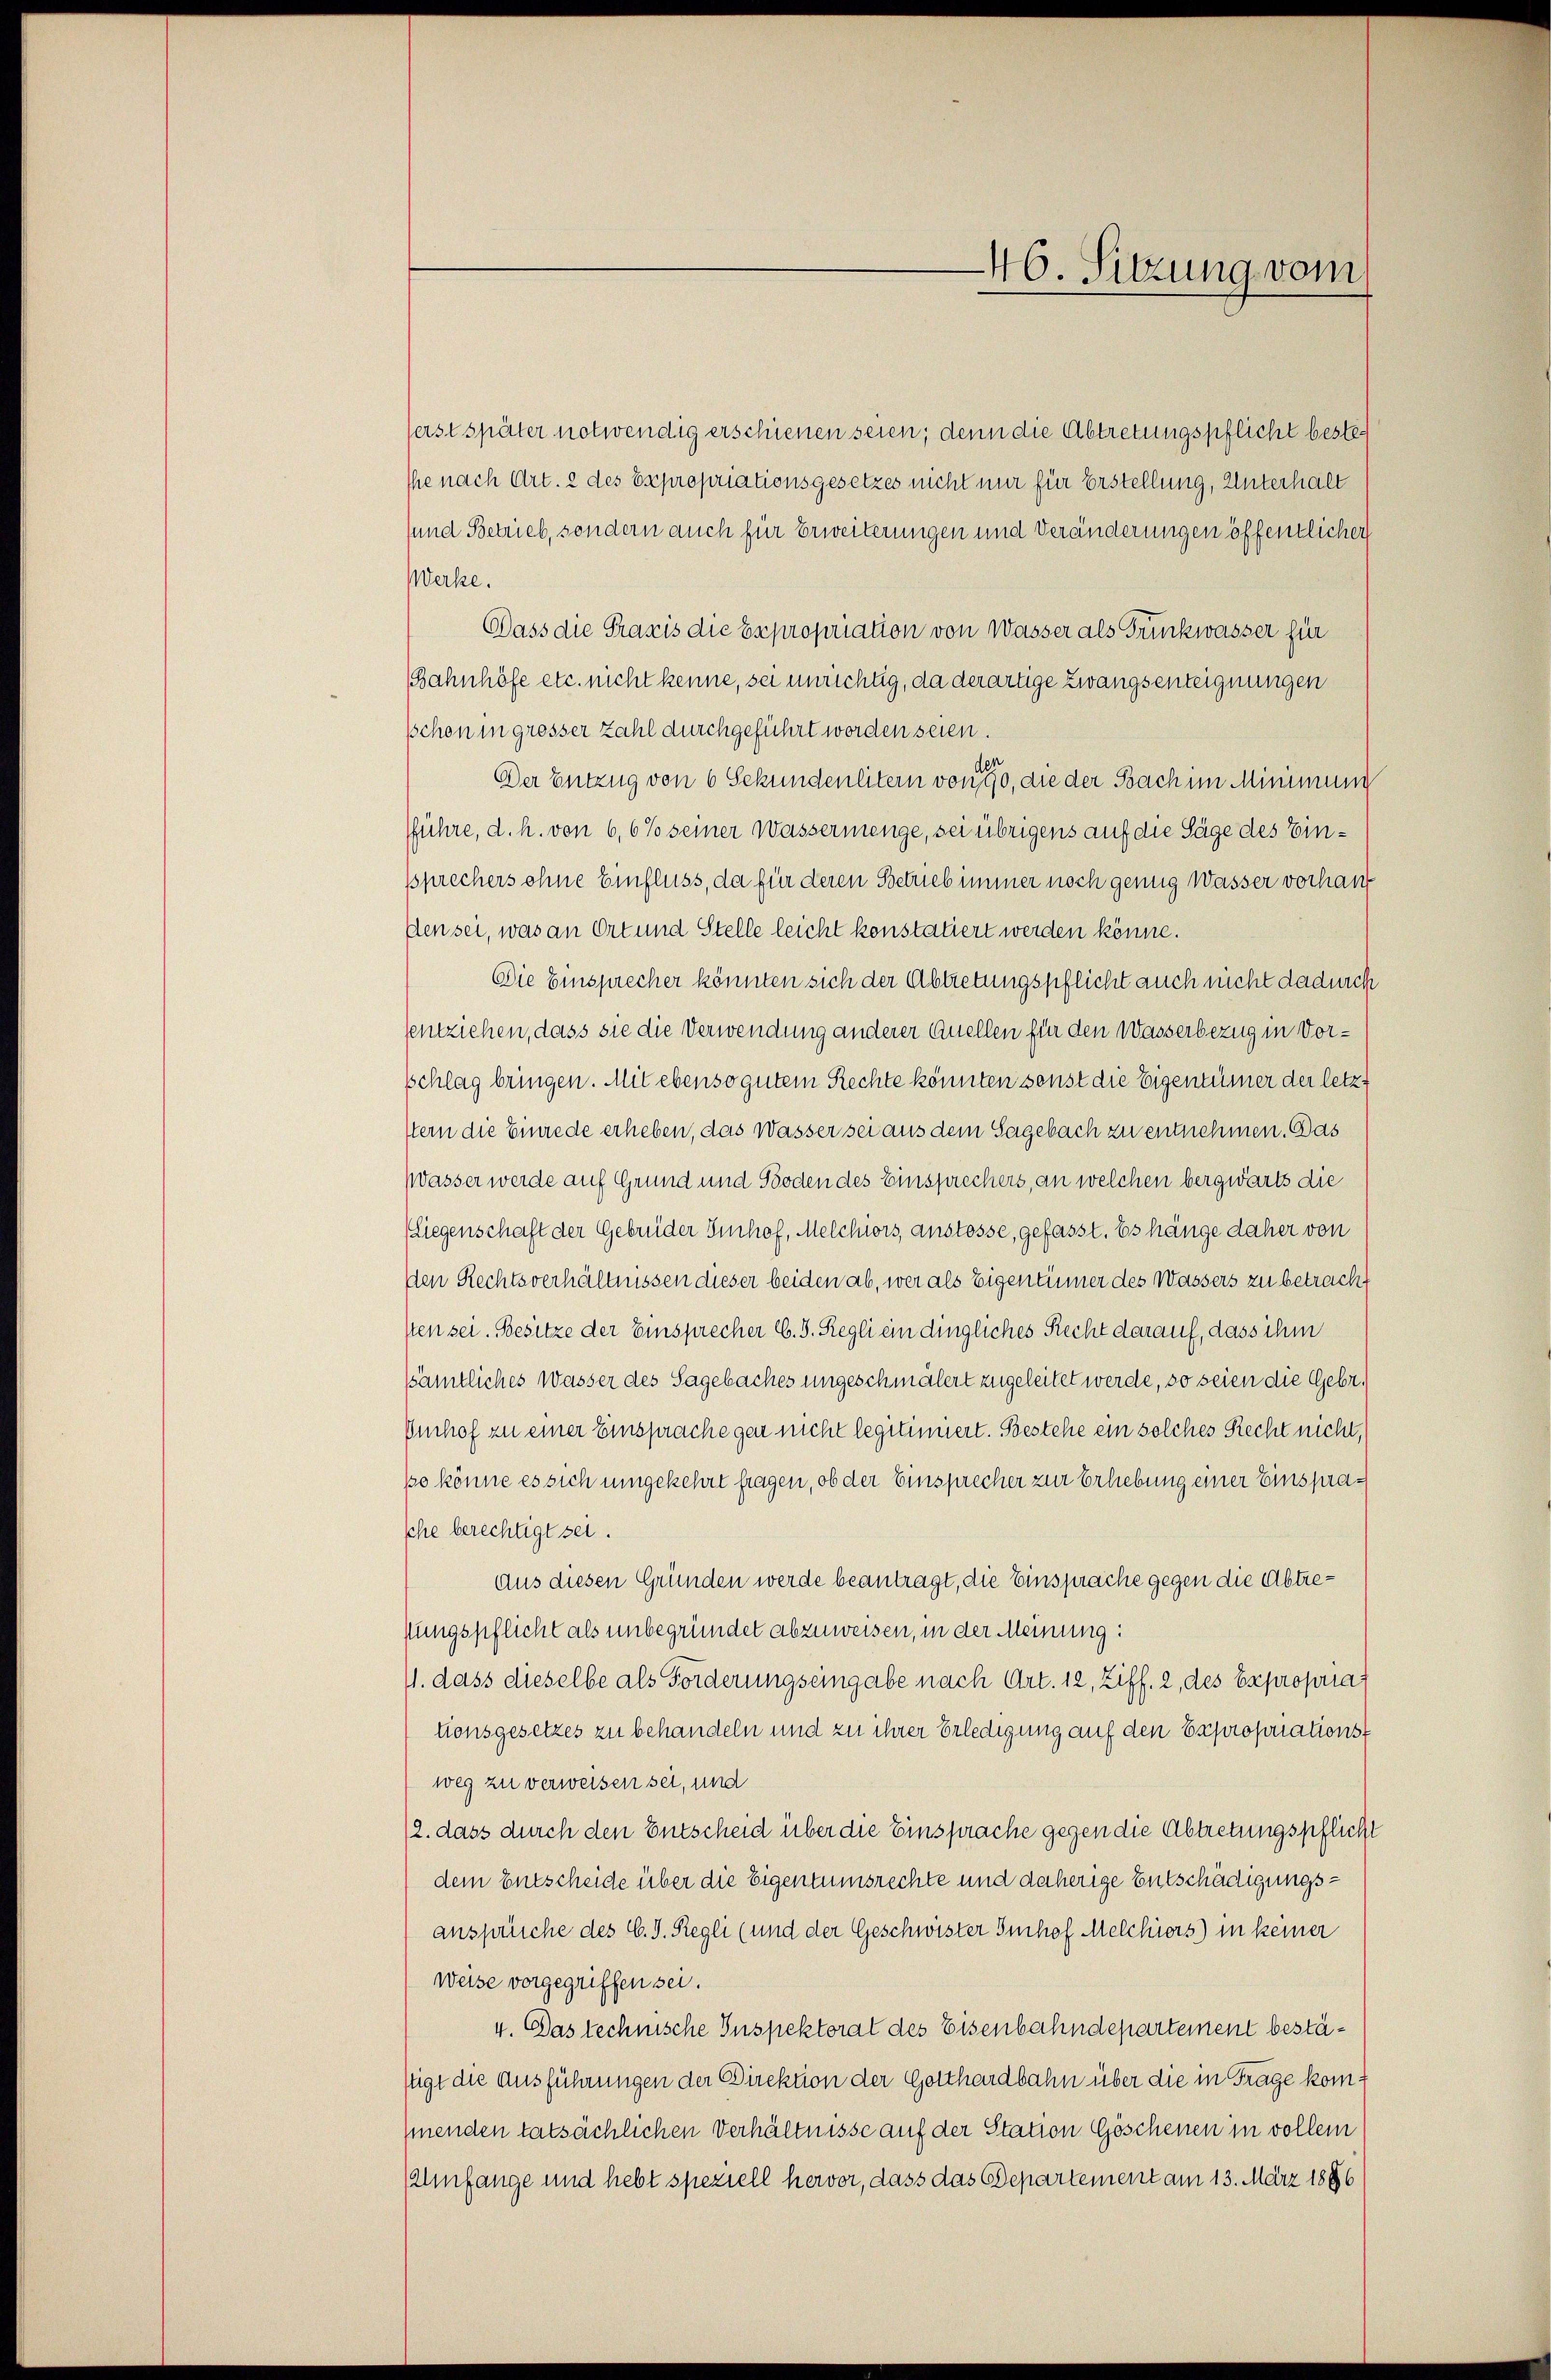
46. Sitzung vom

erst später notwendig erschienen seien; denn die Abtretungspflicht bestehe nach Art. 2 des Expropriationsgesetzes nicht nur für Erstellung, Unterhalt
sund Betrieb, sondern auch für Erweiterungen und Veränderungen öffentlicher
Werke.
Dass die Praxis die Expropriation von Wasser als Trinkwasser für
Bahnhöfe etc. nicht kenne, sei unrichtig, da derartige Zwangsenteignungen
schon in grosser Zahl durchgeführt worden seien.
Der Entzug von 6 Sekundenlitern von 1910, die der Sach im Minimum
fführe, d. h. von 6, 6% seiner Wassermenge, sei übrigens auf die Säge des Einsprechers ohne Einfluss, da für deren Betrieb immer noch genug Wasser vorhauf
den sei, was an Ort und Stelle leicht konstatiert werden könne.
Die Einsprecher könnten sich der Abtretungspflicht auch nicht dadurch
sentziehen, dass sie die Verwendung anderer Quellen für den Wasserbezug in Vorschlag bringen. Mit ebenso gutem Rechte könnten sonst die Eigentümer der letzt
stern die Einrede erheben, das Wasser sei aus dem Sagebach zu entnehmen. Das
Wasser werde auf Grund und Boden des Einsprechers, an welchen bergwärts die
(Liegenschaft der Gebrüder Imhof, Melchiors, anstösse, gefasst. Es hänge daher von
den Rechtsverhältnissen dieser beiden ab, wer als Eigentümer des Wassers zu betracht
sten sei. Besitze der Einsprecher C. S. Regli ein dingliches Recht darauf, dass ihm
Sämtliches Wasser des Sagebaches ungeschmälert zugeleitet werde, so seien die Gebr.
Imhof zu einer Einsprache gar nicht legitimiert. Bestehe ein solches Recht nicht,
so könne es sich umgekehrt fragen, ob der Einsprecher zur Erlebung einer Einsprasche berechtigt sei.
Aus diesen Gründen werde beantragt, die Einsprache gegen die Abtresungspflicht als unbegründet abzuweisen, in der Meinung:
11. dass dieselbe als Forderungseingabe nach Art. 12, Ziff. 2, des Expropria
tionsgesetzes zu behandeln und zu ihrer Erledigung auf den Expropriations-
weg zu verweisen sei, und
12. dass durch den Entscheid über die Einsprache gegen die Abtretungspflicht
dem Entscheide über die Eigentumsrechte und daherige Entschädigungsansprüche des C. S. Regli (und der Geschwister Imhof Melchiors) in keiner
Weise vorgegriffen sei.
4. Das technische Inspektorat des Eisenbahndepartement bestäfügt die Ausführungen der Direktion der Gotthardbahn über die in Frage komhnenden tatsächlichen Verhältnisse auf der Station Göschenen in vollem
Amfange und hebt speziell hervor, dass das Departement am 13. März 1896